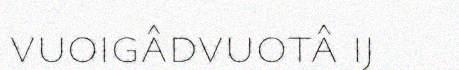
vuoigâdvuotâ ij